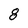
Character: 8